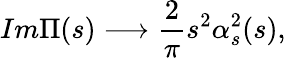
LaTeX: Im\Pi(s)\longrightarrow\frac{2}{\pi}s^{2}\alpha_{s}^{2}(s),